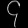
Digit: ၄